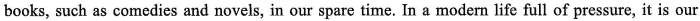
books, such as comedies and novels, in our spare time. In a modern life full of pressure, it is our